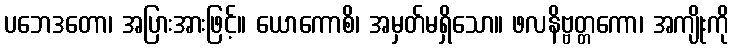
ပဘေဒတော၊ အပြားအားဖြင့်။ ယောကောစိ၊ အမှတ်မရှိသော။ ဖလနိဗ္ဗတ္တကော၊ အကျိုးကို